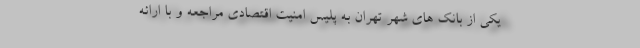
یکی از بانک های شهر تهران به پلیس امنیت اقتصادی مراجعه و با ارائه